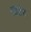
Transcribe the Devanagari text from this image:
विढेश